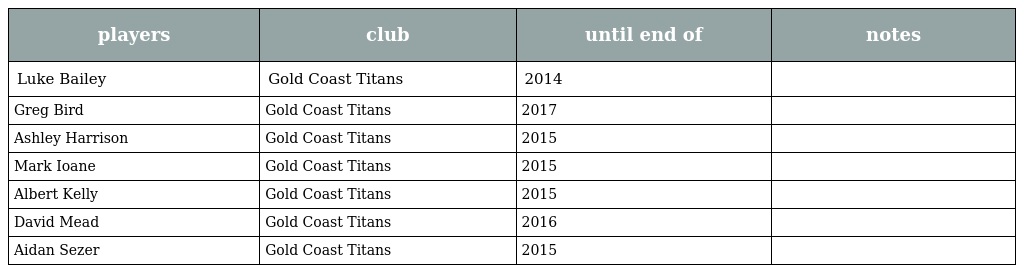
| players | club | until end of | notes |
 | --- | --- | --- | --- |
 | Luke Bailey | Gold Coast Titans | 2014 |  |
 | Greg Bird | Gold Coast Titans | 2017 |  |
 | Ashley Harrison | Gold Coast Titans | 2015 |  |
 | Mark Ioane | Gold Coast Titans | 2015 |  |
 | Albert Kelly | Gold Coast Titans | 2015 |  |
 | David Mead | Gold Coast Titans | 2016 |  |
 | Aidan Sezer | Gold Coast Titans | 2015 |  |